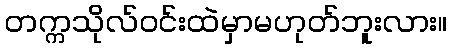
တက္ကသိုလ်ဝင်းထဲမှာမဟုတ်ဘူးလား။